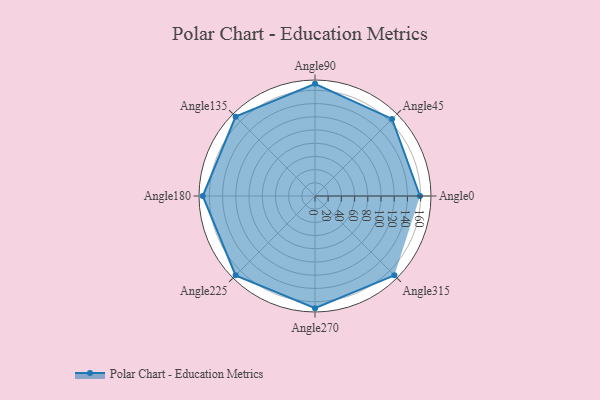
{"axis": {"x": "Angle", "y": "Radius"}, "legend": [""], "data": [{"x": "Angle0", "y": 159.0, "type": ""}, {"x": "Angle45", "y": 165.0, "type": ""}, {"x": "Angle90", "y": 170, "type": ""}, {"x": "Angle135", "y": 170, "type": ""}, {"x": "Angle180", "y": 170, "type": ""}, {"x": "Angle225", "y": 170, "type": ""}, {"x": "Angle270", "y": 170, "type": ""}, {"x": "Angle315", "y": 170, "type": ""}]}